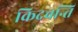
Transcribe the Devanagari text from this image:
किदवन्ति